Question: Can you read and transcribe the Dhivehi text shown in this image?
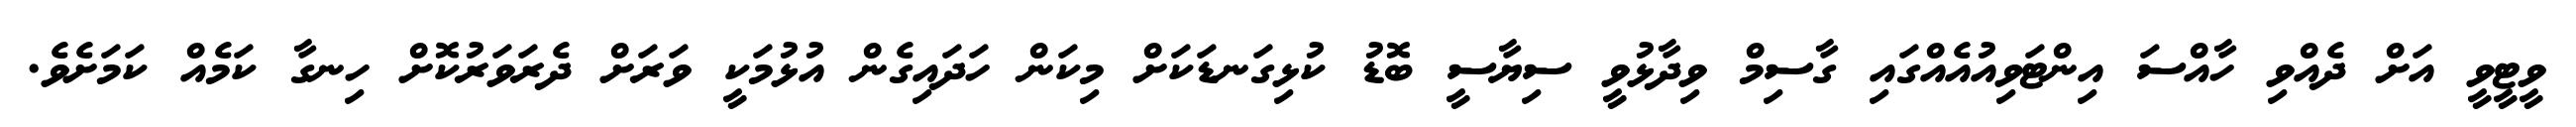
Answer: ވީޓީވީ އަށް ދެއްވި ހާއްސަ އިންޓަވިއުއެއްގައި ގާސިމް ވިދާޅުވީ ސިޔާސީ ބޮޑު ކުޅިގަނޑަކަށް މިކަން ހަދައިގެން އުޅުމަކީ ވަރަށް ދެރަވަރުކޮށް ހިނގާ ކަމެއް ކަމަށެވެ.